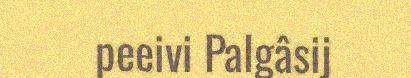
peeivi Palgâsij